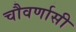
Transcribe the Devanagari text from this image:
चौवर्णासी